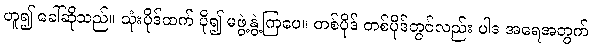
ဟူ၍ ခေါ်ဆိုသည်။ သုံးပိုဒ်ထက် ပို၍ မဖွဲ့နွဲ့ကြပေ။ တစ်ပိုဒ် တစ်ပိုဒ်တွင်လည်း ပါဒ အရေအတွက်